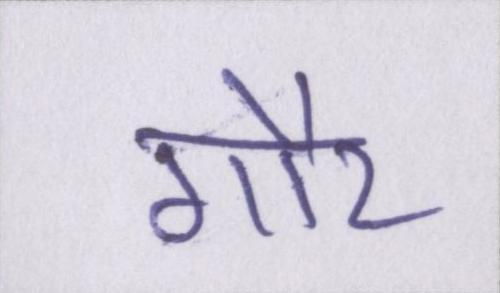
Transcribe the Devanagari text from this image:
गौर